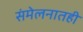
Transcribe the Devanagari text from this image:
संमेलनातही